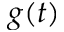
g ( t )